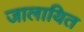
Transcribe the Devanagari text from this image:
जालायित